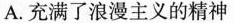
A.充满了浪漫主义的精神